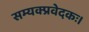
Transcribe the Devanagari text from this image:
सम्यक्प्रवेदकः।